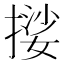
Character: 𭢃